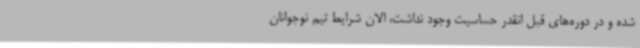
شده و در دوره‌های قبل انقدر حساسیت وجود نداشت، الان شرایط تیم نوجوانان